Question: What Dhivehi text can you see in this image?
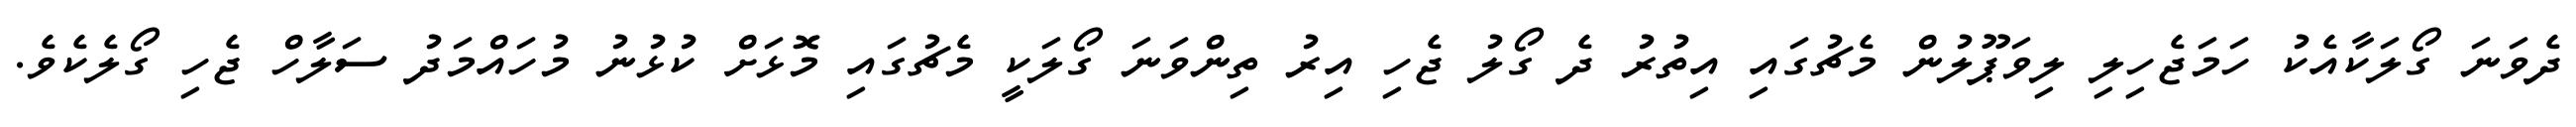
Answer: ދެވަނަ ގޯލަކާއެކު ހަމަޖެހިލި ލިވަޕޫލުން މެޗުގައި އިތުރު ދެ ގޯލު ޖެހި އިރު ތިންވަނަ ގޯލަކީ މެޗުގައި މޮޅަށް ކުޅުނު މުހައްމަދު ސަލާހް ޖެހި ގޯލެކެވެ.